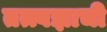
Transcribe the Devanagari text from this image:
तत्त्वज्ञाची